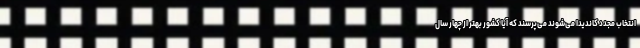
انتخاب مجدد کاندیدا می‌شوند می‌پرسند که آیا کشور بهتر از چهار سال